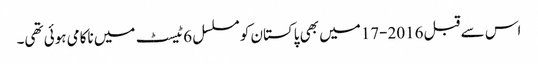
اس سے قبل 2016-17میں بھی پاکستان کو مسلسل 6ٹیسٹ میں ناکامی ہوئی تھی۔